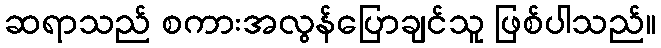
ဆရာသည် စကားအလွန်ပြောချင်သူ ဖြစ်ပါသည်။